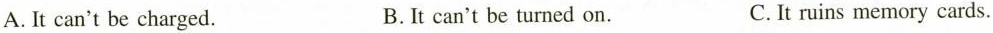
A.It can't be charged. B.It can't be turned on. C.It ruins memory cards.